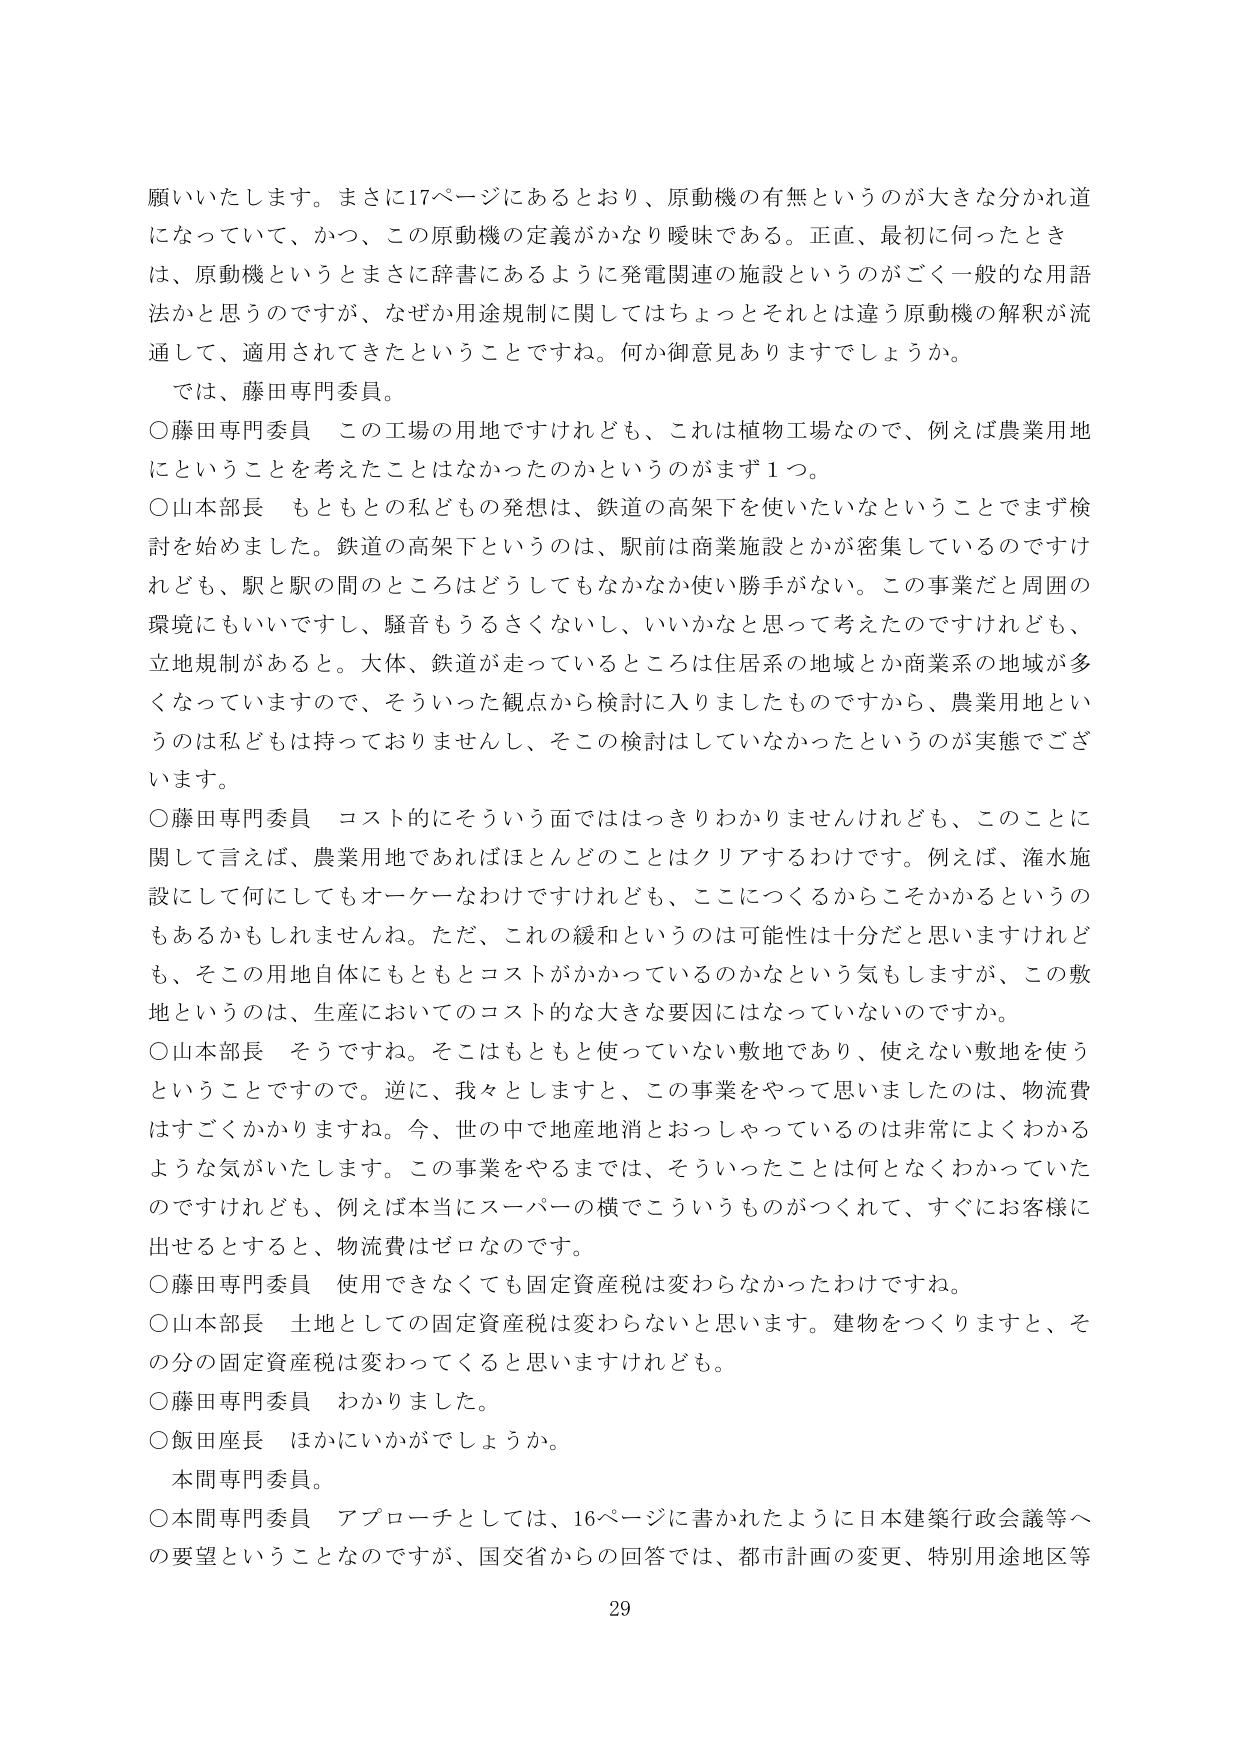
願いいたします。まさに17ページにあるとおり、原動機の有無というのが大きな分かれ道になっていて、かつ、この原動機の定義がかなり曖昧である。正直、最初に伺ったときは、原動機というとまさに辞書にあるように発電関連の施設というのがごく一般的な用語法かと思うのですが、なぜか用途規制に関してはちょっとそれとは違う原動機の解釈が流通して、適用されてきたということですね。何か御意見ありますでしょうか。

では、藤田専門委員。

○藤田専門委員　この工場の用地ですけれども、これは植物工場なので、例えば農業用地にということを考えたことはなかったのかというのがまず1つ。

○山本部長　もともとの私どもの発想は、鉄道の高架下を使いたいなということでまず検討を始めました。鉄道の高架下というのは、駅前は商業施設とかが密集しているのですけれども、駅と駅の間のところはどうしてもなかなか使い勝手がない。この事業だと周囲の環境にもいいですし、騒音もうるさくないし、いいかなと思って考えたのですけれども、立地規制があると。大体、鉄道が走っているところは住居系の地域とか商業系の地域が多くなっていますので、そういった観点から検討に入りましたものですから、農業用地というのは私どもは持っておりませんし、そこの検討はしていなかったというのが実態でございます。

○藤田専門委員　コスト的にそういう面でははっきりわかりませんけれども、このことに関して言えば、農業用地であればほとんどことはクリアするわけです。例えば、灌水施設にして何にしてもオーケーなわけですけれども、ここにつくるからこそかかるというのもあるかもしれませんね。ただ、これの緩和というのは可能性は十分だと思いますけれども、そこの用地自体にもともとコストがかかっているのかなという気もしますが、この敷地というのは、生産においてのコスト的な大きな要因にはなっていないのですか。

○山本部長　そうですね。そこはもともと使っていない敷地であり、使えない敷地を使うということですので。逆に、我々としますと、この事業をやって思いましたのは、物流費はすごくかかりますね。今、世の中で地産地消とおっしゃっているのは非常によくわかるような気がいたします。この事業をやるまでは、そういったことは何となくわかっていたのですけれども、例えば本当にスーパーの横でこういうものがつくれて、すぐにお客様に出せるとすると、物流費はゼロなのです。

○藤田専門委員　使用できなくても固定資産税は変わらなかったわけですね。

○山本部長　土地としての固定資産税は変わらないと思います。建物をつくりますと、その分の固定資産税は変わってくると思いますけれども。

○藤田専門委員　わかりました。

○飯田座長　ほかにいかがでしょうか。

本間専門委員。

○本間専門委員　アプローチとしては、16ページに書かれたように日本建築行政会議等への要望ということなのですが、国交省からの回答では、都市計画の変更、特別用途地区等

29